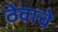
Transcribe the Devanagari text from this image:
ठेवाचे